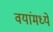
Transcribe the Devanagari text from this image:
वयांमध्ये